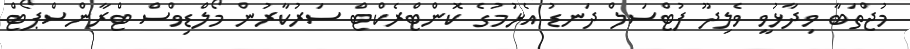
މުޖްތަބާ ވިދާޅުވީ ވެލިދޫ ފުޓްސަލް ދަނޑު އެޅުމުގެ ކޮންޓްރެކްޓް ސަރުކާރުން މޯލްޑިވްސް ޓްރާންސްޕޯޓް